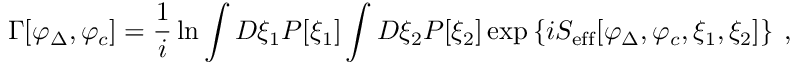
\Gamma [ \varphi _ { \Delta } , \varphi _ { c } ] = \frac { 1 } { i } \ln \int D \xi _ { 1 } P [ \xi _ { 1 } ] \int D \xi _ { 2 } P [ \xi _ { 2 } ] \exp \left\{ i S _ { \mathrm { e f f } } [ \varphi _ { \Delta } , \varphi _ { c } , \xi _ { 1 } , \xi _ { 2 } ] \right\} \: ,